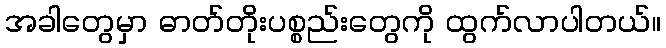
အခါတွေမှာ ဓာတ်တိုးပစ္စည်းတွေကို ထွက်လာပါတယ်။